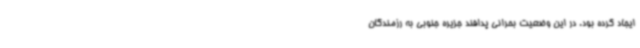
ایجاد کرده بود. در این وضعیت بحرانی پدافند جزیره جنوبی به رزمندگان